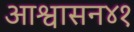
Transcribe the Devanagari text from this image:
आश्वासन४१